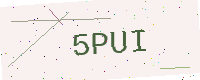
Text: 5PUI